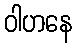
ဝါဟနေ